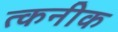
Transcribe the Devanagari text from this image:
त्कनीक